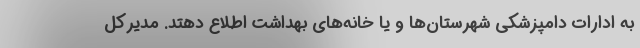
به ادارات دامپزشکی شهرستان‌ها و یا خانه‌های بهداشت اطلاع دهتد. مدیرکل